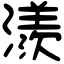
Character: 㵪